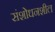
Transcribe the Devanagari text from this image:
संशोधनशील